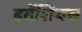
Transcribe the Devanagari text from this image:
हर्बेशियस